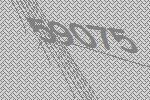
59075